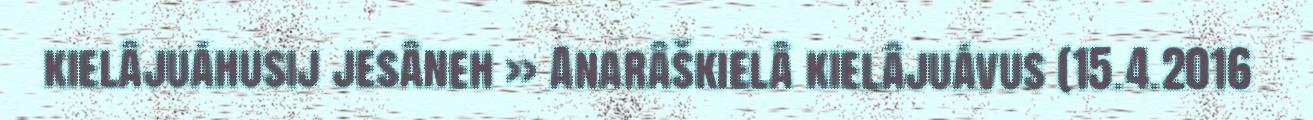
kielâjuáhusij jesâneh >> Anarâškielâ kielâjuávus (15.4.2016